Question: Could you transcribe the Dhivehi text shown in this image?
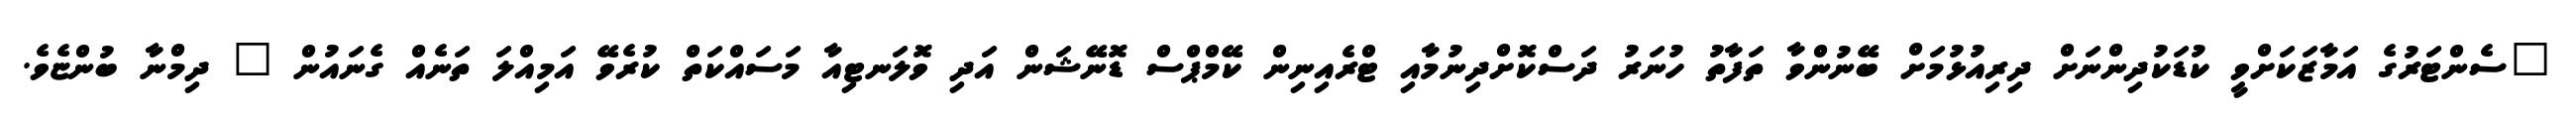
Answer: "ސެންޓަރުގެ އަމާޒަކަށްވީ ކުޑަކުދިންނަށް ދިރިއުޅުމަށް ބޭނުންވާ ތަފާތު ހުނަރު ދަސްކޮށްދިނުމާއި ޓްރެއިނިން ކޭމްޕްސް ޑޮނޭޝަން އަދި ވޮލަނޓިއާ މަސައްކަތް ކުރެވޭ އަމިއްލަ ތަނެއް ގެނައުން " ދިމްނާ ބުންޏެވެ.